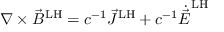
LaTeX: \nabla \times { \vec { B } } ^ { \mathrm { L H } } = c ^ { - 1 } { \vec { J } } ^ { \mathrm { L H } } + c ^ { - 1 } { \dot { \vec { E } } } ^ { \mathrm { L H } }